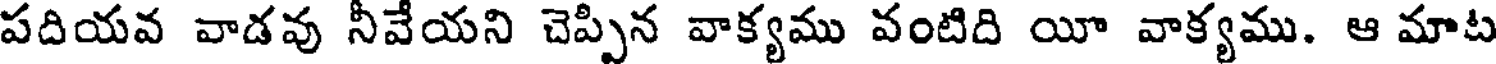
పదియవ వాడవు నీవేయని చెప్పిన వాక్యము వంటిది యీ వాక్యము. ఆ మాట